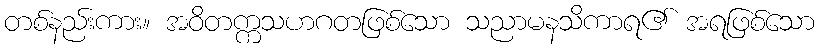
တစ်နည်းကား။ အဝိတက္ကသဟဂတဖြစ်သော သညာမနသိကာရ၏ အရဖြစ်သော